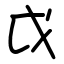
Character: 戉